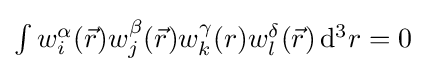
{\textstyle \int w_{i}^{\alpha }({\vec {r}})w_{j}^{\beta }({\vec {r}})w_{k}^{\gamma }(r)w_{l}^{\delta }({\vec {r}})\,{\rm {d}}^{3}r=0}